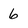
Character: 6